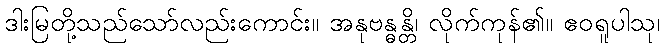
ဒါးမြတို့သည်သော်လည်းကောင်း။ အနုဗန္ဓန္တိ၊ လိုက်ကုန်၏။ ဧဝရူပါသု၊